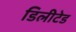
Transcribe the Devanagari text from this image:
डिलीटेड